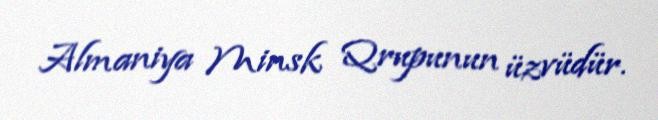
Almaniya Minsk Qrupunun üzvüdür.